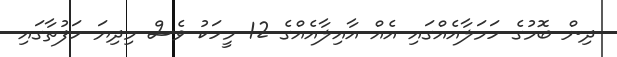
ދިން ބޮމުގެ ހަމަލާއެއްގައި އެއް އާއިލާއެއްގެ 12 މީހަކު ވެސް މިދިޔަ ހަފުތާގައި